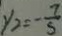
y _ { 2 } = - \frac { 2 } { 5 }